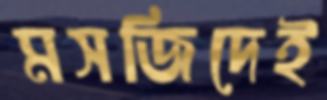
মসজিদেই